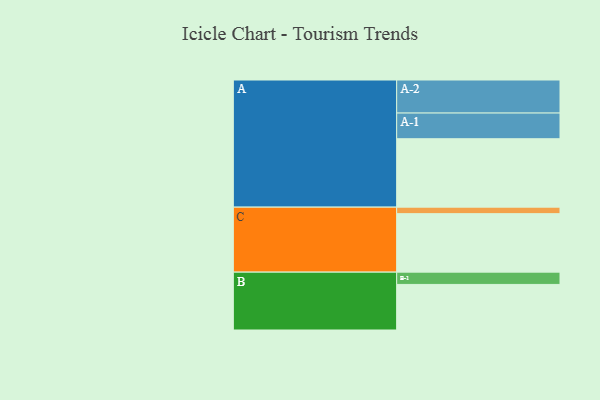
{"axis": {"x": "Segment", "y": "Value"}, "legend": ["", "A", "B", "C"], "data": [{"x": "A", "y": 557, "type": ""}, {"x": "B", "y": 371, "type": ""}, {"x": "C", "y": 476, "type": ""}, {"x": "A-1", "y": 209, "type": "A"}, {"x": "A-2", "y": 269, "type": "A"}, {"x": "B-1", "y": 100, "type": "B"}, {"x": "C-1", "y": 53, "type": "C"}]}